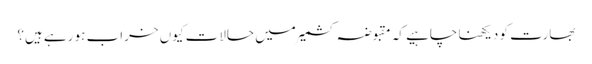
بھارت کو دیکھنا چاہیے کہ مقبوضہ کشمیر میں حالات کیوں خراب ہو رہے ہیں؟